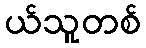
ယ်သူတစ်